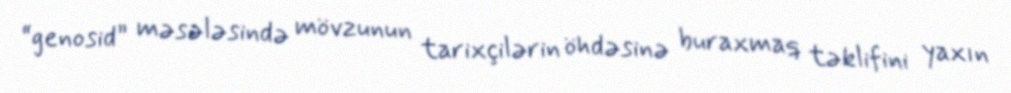
“genosid” məsələsində mövzunun tarixçilərin öhdəsinə buraxmaq təklifini yaxın